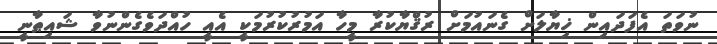
ނުވަތަ އެފަދައިން ޚިޔާލަށް ގެނައުމަށް ރުޤްޔާކުރާ މީހާ އަމުރުކުރުމަކީ އެއީ ހުއްދަވެގެންނުވާ ޝައިޠާނީ